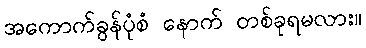
အကောက်ခွန်ပုံစံ နောက် တစ်ခုရမလား။